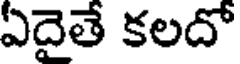
ఏదైతే కలదో